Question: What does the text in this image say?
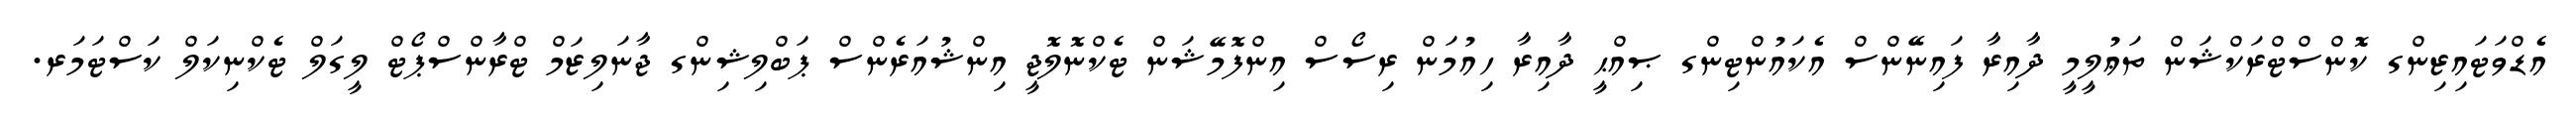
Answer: އެޑްވަޓައިޒިންގ ކޮންސްޓްރަކްޝަން ތަޢުލީމީ ދާއިރާ ފައިނޭންސް އެކައުންޓިންގ ޞިއްޙީ ދާއިރާ ހިއުމަން ރިސޯސް އިންފޮމޭޝަން ޓެކްނޮލޮޖީ އިންޝުއަރެންސް ޕަބްލިޝިންގ ޖާނަލިޒަމް ޓްރާންސްޕޯޓް ލީގަލް ޓެކްނިކަލް ކަސްޓަމަރ.